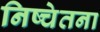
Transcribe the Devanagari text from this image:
निष्चेतना